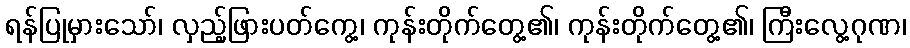
ရန်ပြုမှားသော်၊ လှည့်ဖြားပတ်ကွေ့၊ ကုန်းတိုက်တွေ့၏၊ ကုန်းတိုက်တွေ့၏၊ ကြီးလွေ့ဂုဏ၊